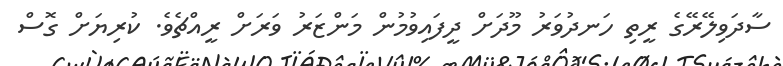
ސާދަވިލޭރޭގެ ރީތި ހަނދުވަރު މޫދަށް ދީފައިވުމުން މަންޒަރު ވަރަށް ރީއްޗެވެ. ކުރިޔަށް ގޮސް